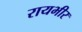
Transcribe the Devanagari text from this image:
रायभीर